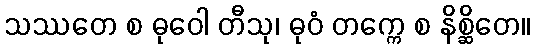
သဿတေ စ ဓုဝေါ တီသု၊ ဓုဝံ တက္ကေ စ နိစ္ဆိတေ။